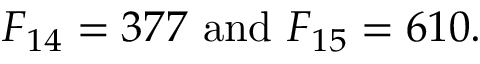
F _ { 1 4 } = 3 7 7 { \mathrm { ~ a n d ~ } } F _ { 1 5 } = 6 1 0 .